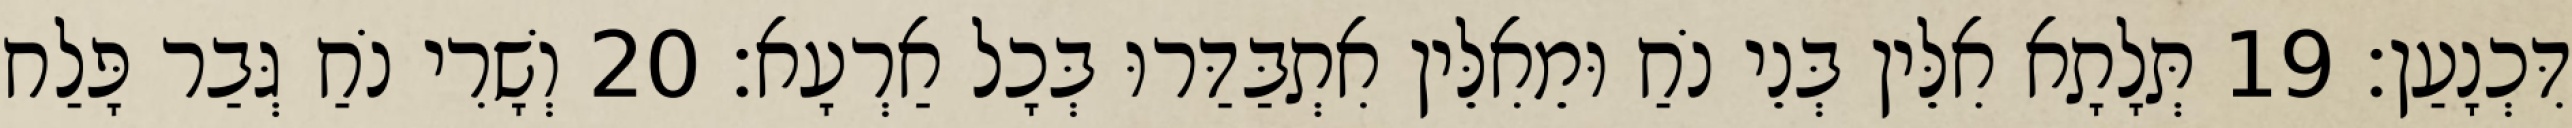
דִּכְנָעַן׃ 19 תְּלָתָא אִלֵּין בְּנֵי נֹחַ וּמֵאִלֵּין אִתְבַּדַּרוּ בְּכָל אַרְעָא׃ 20 וְשָׁרִי נֹחַ גְּבַר פָּלַח